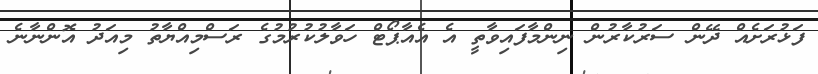
ފަޅުރަށެއް ދޭން ސަރުކާރުން ނިންމާފައިވާތީ އެ އެއާޕޯޓް ހަވާލުކުރުމުގެ ރަސްމިއްޔާތު މިއަދު އޮންނާނެ